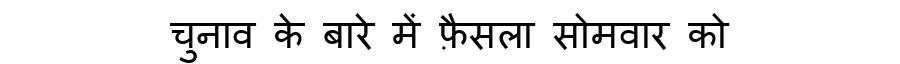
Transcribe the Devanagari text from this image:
चुनाव के बारे में फ़ैसला सोमवार को